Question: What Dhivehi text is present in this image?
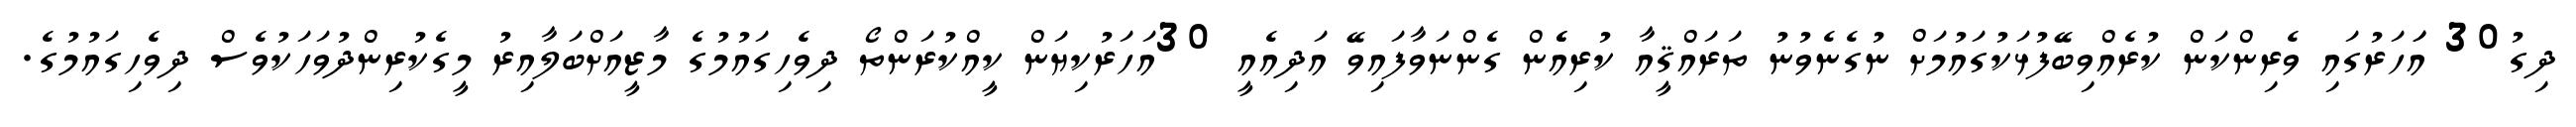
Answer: ދިގު30 އަަހަރުގައި ވެރިންކަން ކުރެއްވިބޭފުޅަކުގައުމަށް ނުގެނެވުނު ތަރައްޤީއާ ކުރިއެެން ގެންނަވާފައިވޭ އަދިއެއީ 30އަހަރުކިޔަން ކީއްކުރަންތޯ ދިވެހިގައުމުގެ މާޒީއަށްބަލާއިރު މީގެކުރިންދުވަހަކުވެސް ދިވެހިގައުމުގެ.